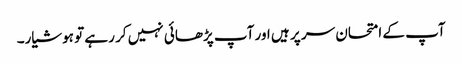
آپ کے امتحان سر پر ہیں اور آپ پڑھائی نہیں کر رہے تو ہوشیار۔